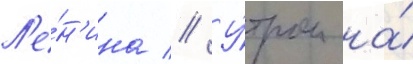
Л'е́н'ина // У́тром на́